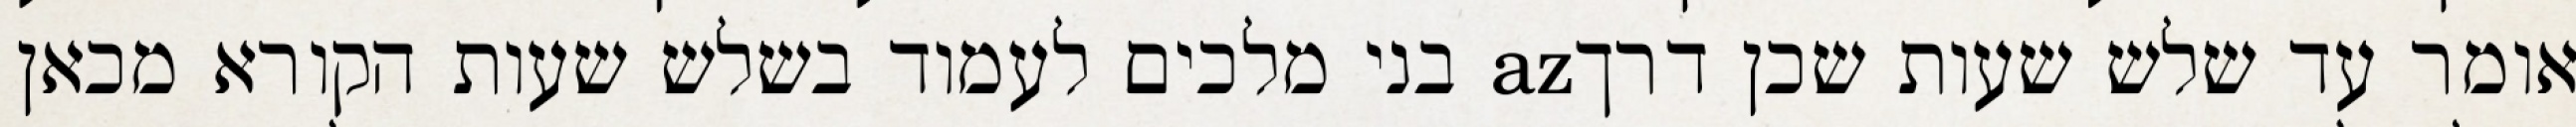
אומר עד שלש שעות שכן דרךaz בני מלכים לעמוד בשלש שעות הקורא מכאן